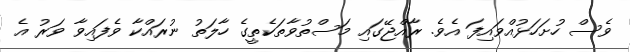
ވެސް ހުށަހަޅުއްވައިފަ އެވެ. ރާއްޖޭގައި މަސްތުވާތަކެތީގެ ހާލަތު ނުރައްކާ ވެފައިވާ ވަރު އެ